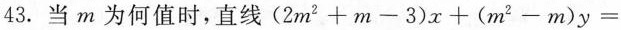
43.当m为何值时，直线$$( 2 m ^ { 2